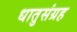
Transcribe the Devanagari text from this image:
धातुसंग्रह